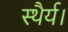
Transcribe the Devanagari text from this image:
स्थैर्य।